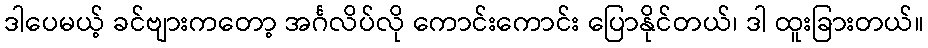
ဒါပေမယ့် ခင်ဗျားကတော့ အင်္ဂလိပ်လို ကောင်းကောင်း ပြောနိုင်တယ်၊ ဒါ ထူးခြားတယ်။